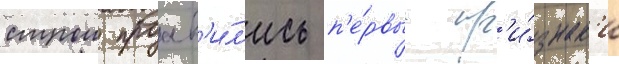
строи проав'и́л'ись п'е́рвые пр'и́знак'и